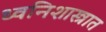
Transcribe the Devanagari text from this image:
ध्वनिशास्त्रात